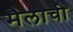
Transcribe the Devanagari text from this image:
मैलाची